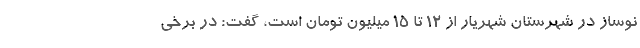
نوساز در شهرستان شهریار از ۱۲ تا ۱۵ میلیون تومان است، گفت: در برخی